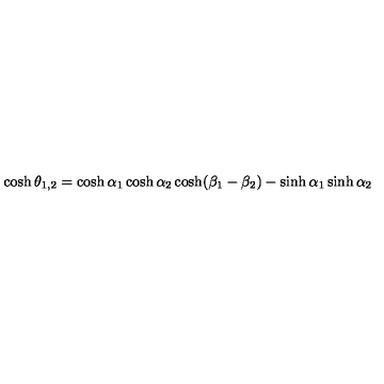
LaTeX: \cosh \theta _ { 1 , 2 } = \cosh \alpha _ { 1 } \cosh \alpha _ { 2 } \cosh ( \beta _ { 1 } - \beta _ { 2 } ) - \sinh \alpha _ { 1 } \sinh \alpha _ { 2 }